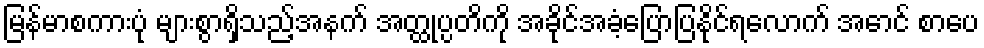
မြန်မာစကားပုံ များစွာရှိသည့်အနက် အတ္ထုပ္ပတိကို အခိုင်အခံ့ပြောပြနိုင်ရလောက် အောင် စာပေ